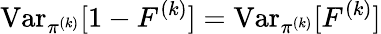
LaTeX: \operatorname{Var}_{\pi^{(k)}}[1-F^{(k)}]=\operatorname{Var}_{\pi^{(k)}}[F^{(k)}]